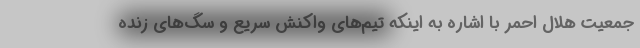
جمعیت هلال احمر با اشاره به اینکه تیم‌های واکنش سریع و سگ‌های زنده